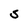
Character: S